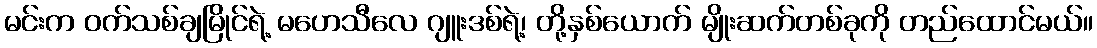
မင်းက ဝက်သစ်ချမြိုင်ရဲ့ မဟေသီလေ ဂျူးဒစ်ရဲ့၊ တို့နှစ်ယောက် မျိုးဆက်တစ်ခုကို တည်ထောင်မယ်။